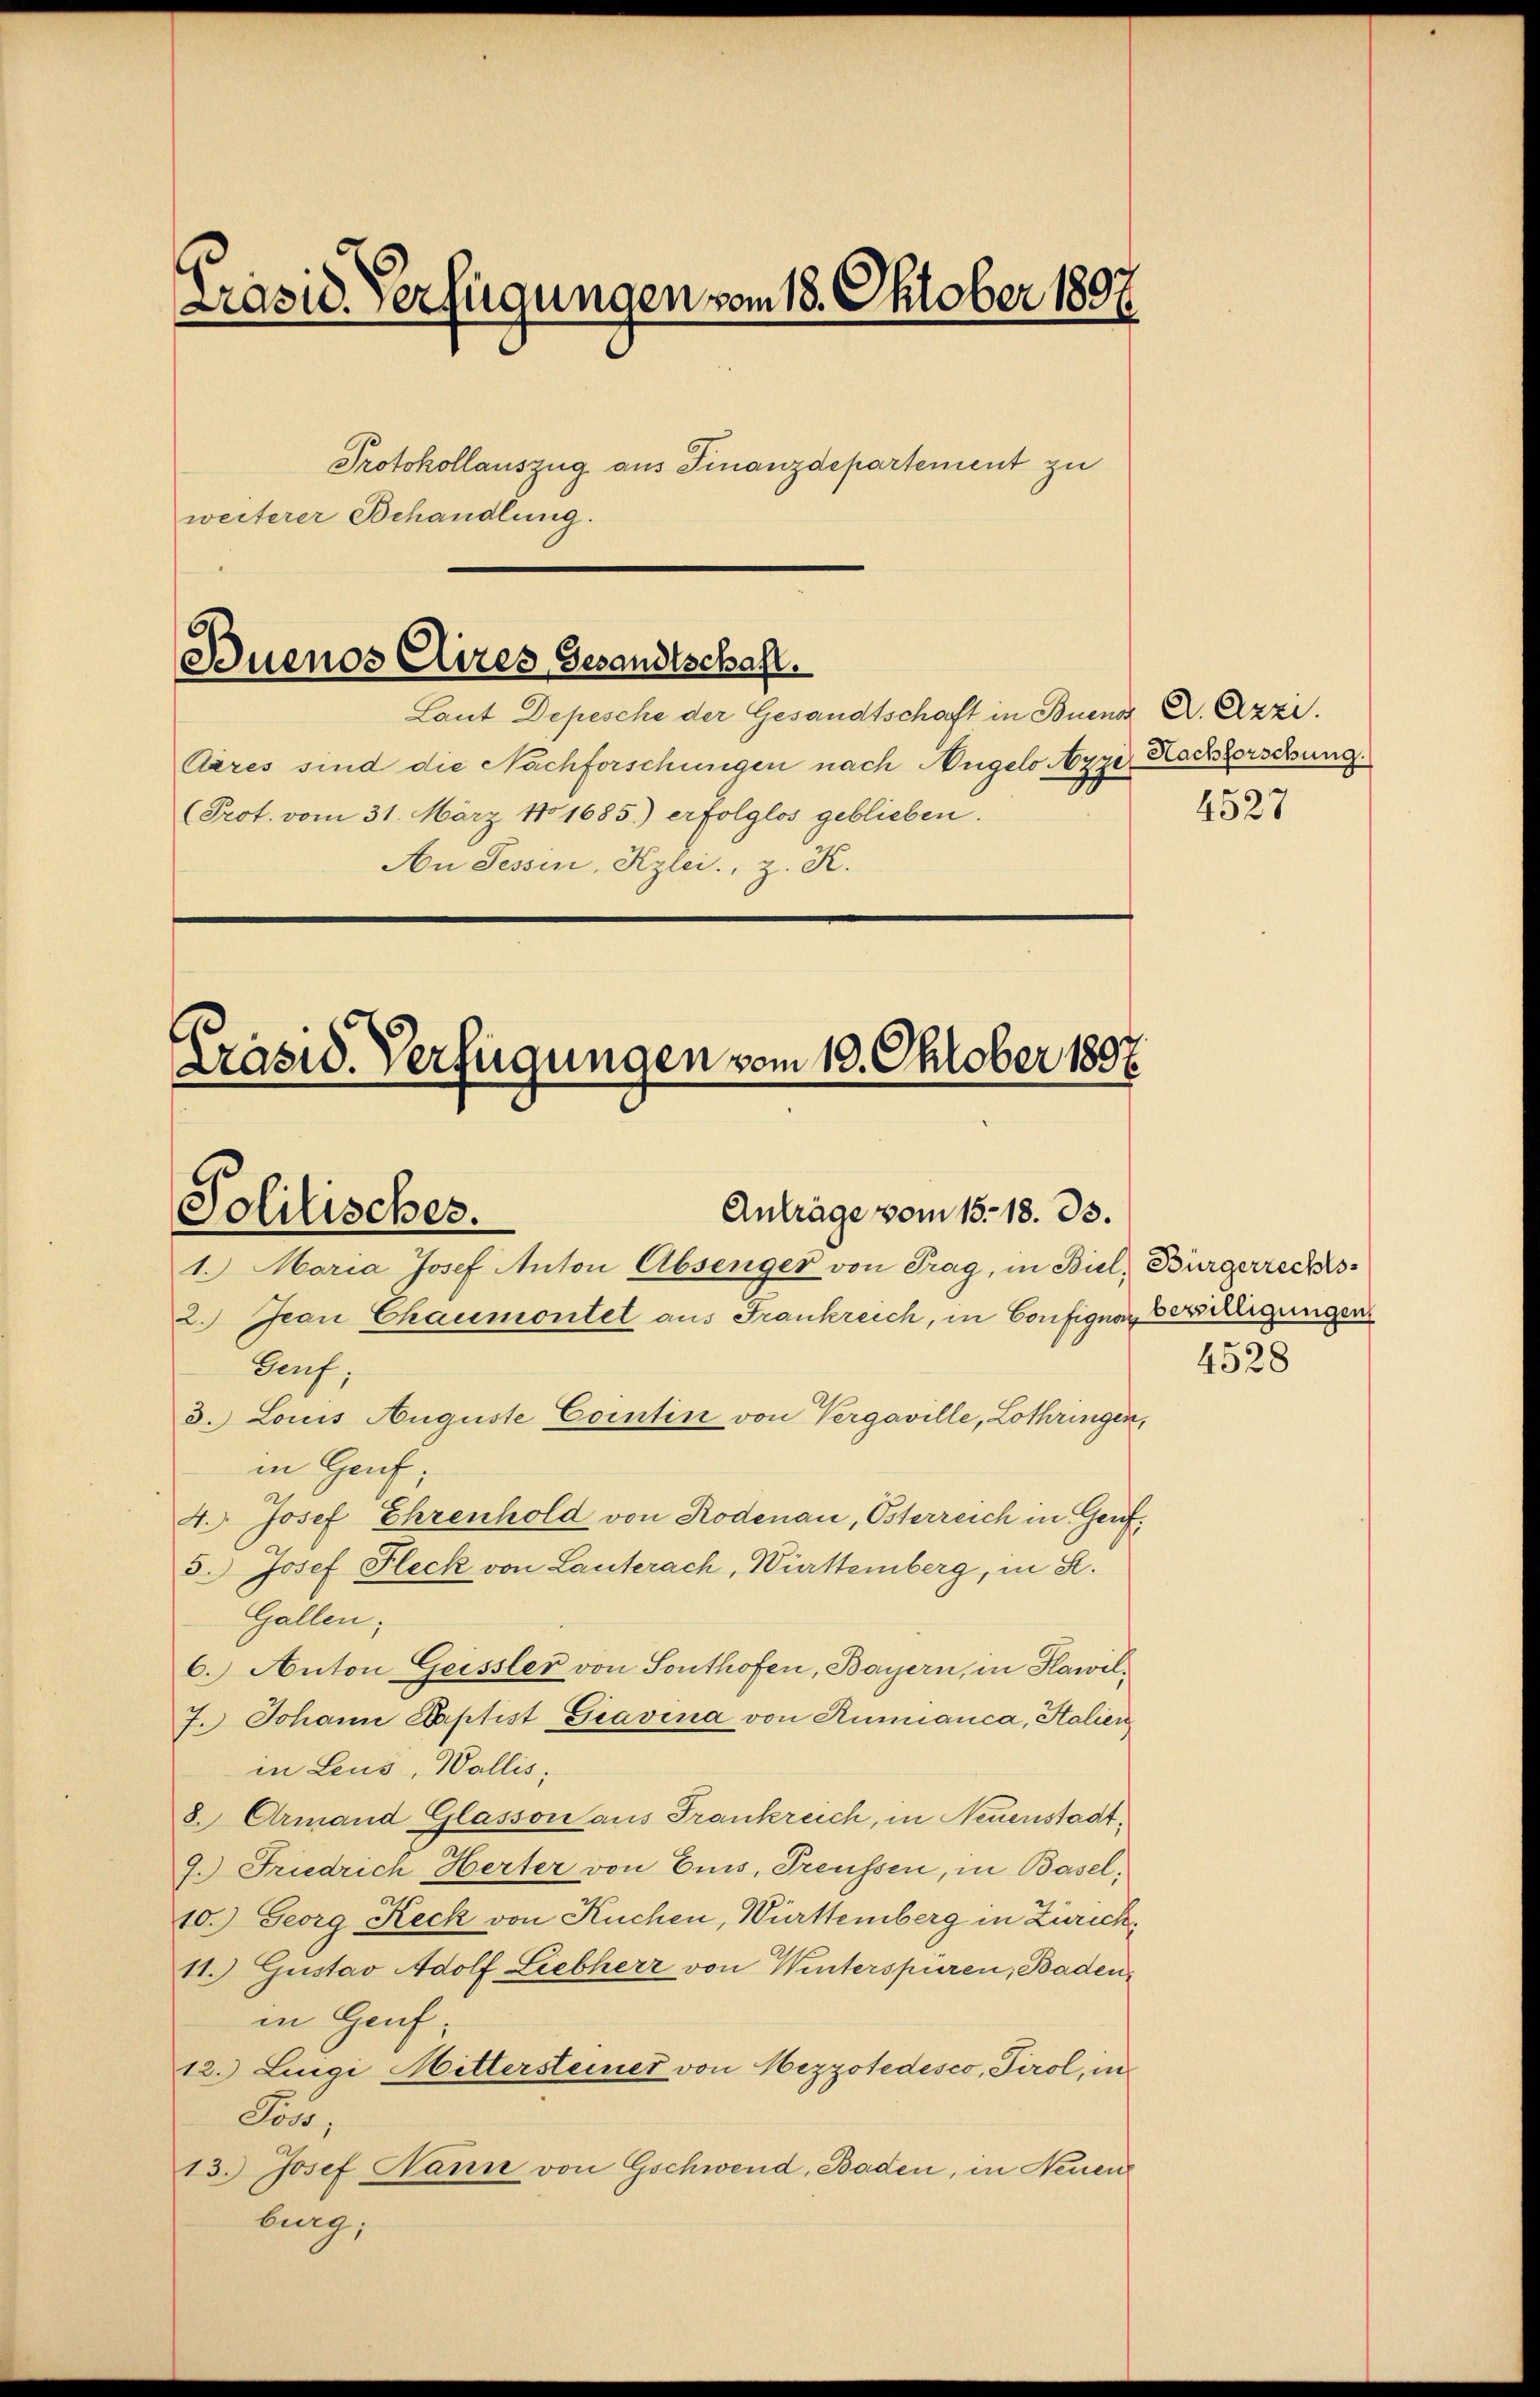
Buenos Aires Gesandtschaft.
Laut Depesche der Gesandtschaft in Bueno X. Ezzi.

Präsid. Verfügungen vom 18. Oktober 1897.
Protokollauszug aus Finanzdepartement zu
weiterer Behandlung.

Aares sind die Nachforschungen nach Angelo Azzi¬
(Prot. vom 31. März 181685.) erfolglos geblieben.
An Tessin, Kzlei., z. R.

Präsid. Verfügungen vom 10. Oktober 1807.

1. Maria Josef Anton Absenger von Trag, in Biel, Bürgerrechts
2. Jean Chaumontet aus Frankreich, in Configen Verselligungen
Gauf;
3. Louis Auguste Contin von Vergaville, Lothringen,
in Hauf;
4. Josef Ehrenhold von Rodenau, Osterreich in Genf.
5.) Josef Fleck von Lauterach, Württemberg, in St.
Gallen;
6.) Anton Geissler von Sonthofen, Bayern, in Hawil¬
7. Johann Kaptist Gravina von Rinnanca, Salien
in Leus, Wallis,
8. Armand Glasson aus Frankreich, in Neuenstadt¬
7.) Friedrich Herter von Emis, Preussen, in Basel;
10.) Georg Keck von Kuchen, Würtemberg in Zürich¬
11.) Gustav Adolf Liebherr von Winterspüren, Badenin Genf
12.) Lingi Mittersteiner von Mezzotedesco, Tirol, in
Fal,
13.) Josef Hann von Gschwend, Baden, in Neuen
burg,

Politisches.

Anträge vom 15. 18. 33.

Nachforschung.
4527

4528